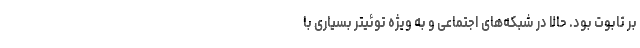
بر تابوت بود. حالا در شبکه‌های اجتماعی و به ویژه توئیتر بسیاری با